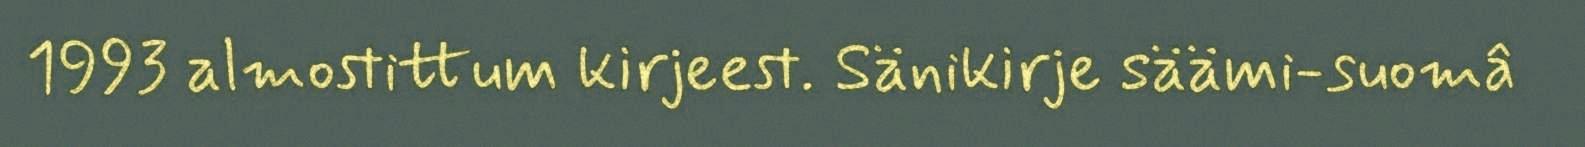
1993 almostittum kirjeest. Sänikirje säämi-suomâ